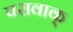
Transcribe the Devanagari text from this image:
परावाक्